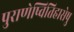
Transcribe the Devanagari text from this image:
पुराणेष्वितिहासेषु